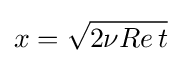
x={\sqrt {2\nu Re\,t}}